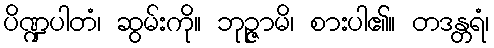
ပိဏ္ဍပါတံ၊ ဆွမ်းကို။ ဘုဉ္ဇာမိ၊ စားပါ၏။ တဒန္တရံ၊